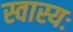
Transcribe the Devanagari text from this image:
स्वास्यः